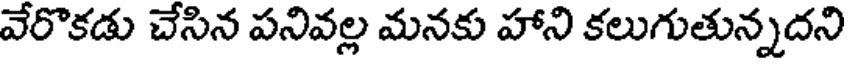
వేరొకడు చేసిన పనివల్ల మనకు హాని కలుగుతున్నదని